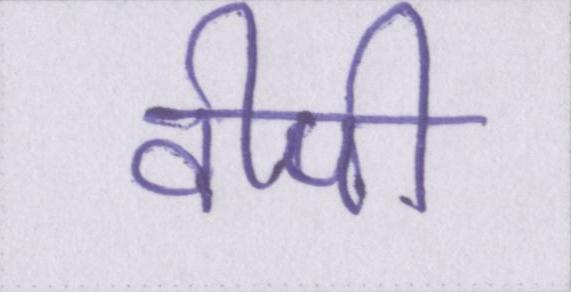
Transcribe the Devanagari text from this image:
वीपी